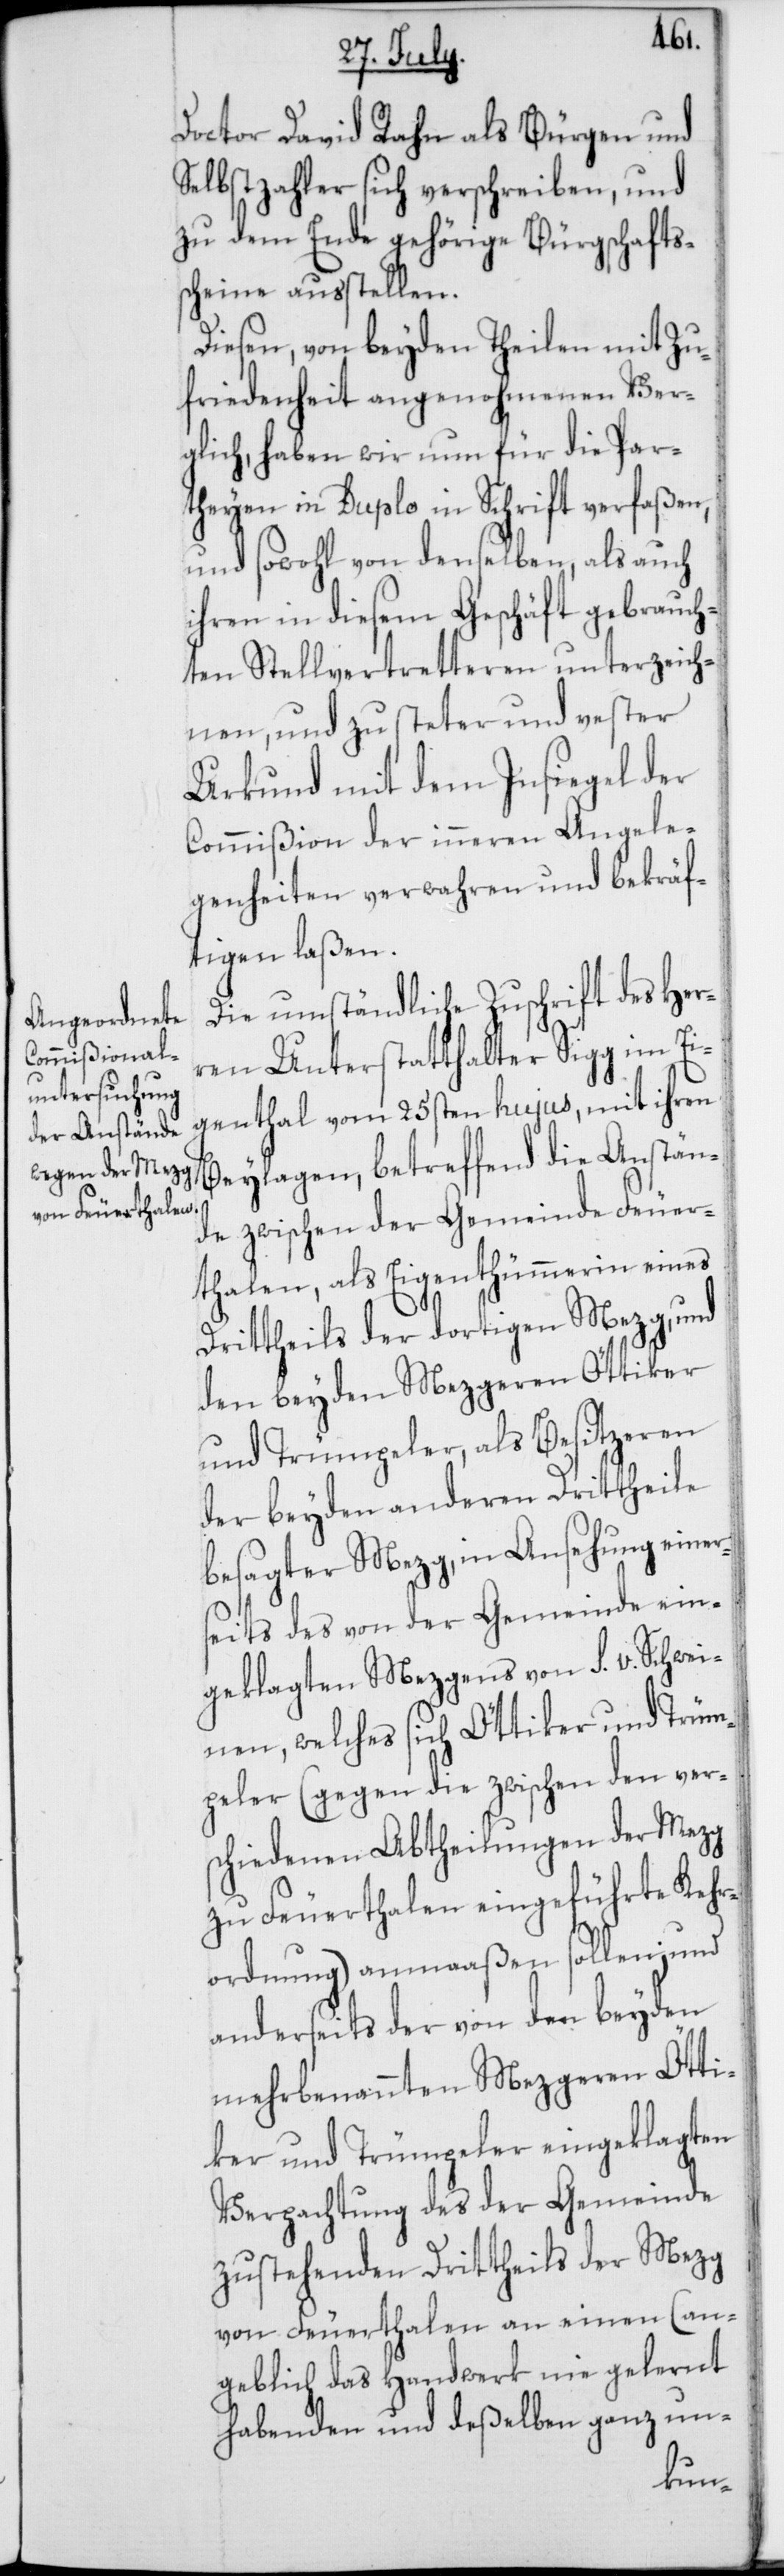
Doctor David Rahn als Bürgen und
Selbstzahler sich verschreiben, und
zu dem Ende gehörige Bürgschafts¬
scheine ausstellen.
Diesen, von beyden Theilen mit Zu¬
friedenheit angenohmenen Ver¬
glich, haben wir nun für die Par¬
theyen in Duplo in Schrift verfaßen,
und sowohl von denselben als auch
ihren in diesem Geschäft gebrauch¬
ten Stellvertretteren unterzeich¬
nen, und zu steter und fester
Urkund mit dem Insiegel der
Commißion der Inneren Angele¬
genheiten verwahren und bekräf¬
tigen laßen.
Die umständliche Zuschrift des Her¬
ren Unterstatthalter Sigg im Ei¬
genthal vom 25sten hujus, mit ihren
Beylagen, betreffend die Anstän¬
de zwischen der Gemeinde Feuer¬
thalen, als Eigenthümerin eines
Drittheils der dortigen Mezg, und
den beyden Mezgeren Öttiker
und Trümpeler, als Besitzeren
der beyden anderen Drittheile
besagter Metzg, in Ansehung einer¬
seits des von der Gemeinde ein¬
geklagten Mezgens von S. v. Schwei¬
nen, welches sich Öttiker und Trüm¬
peler (gegen die zwischen den ver¬
schiedenen Abbtheilungen der Mezg
zu Feuerthalen eingeführte Kehr¬
ordnung) anmaßen sollen; und
anderseits der von den beyden
mehrbenannten Mezgeren Ötti¬
ker und Trümpeler eingeklagten
Verpachtung des der Gemeinde
zustehenden Drittheils der Mezg
von Feuerthalen an einen (an¬
geblich das Handwerk nie gelernt
habenden und deßelben ganz un-